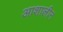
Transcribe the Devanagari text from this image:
आशालीन